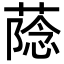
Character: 𮐶